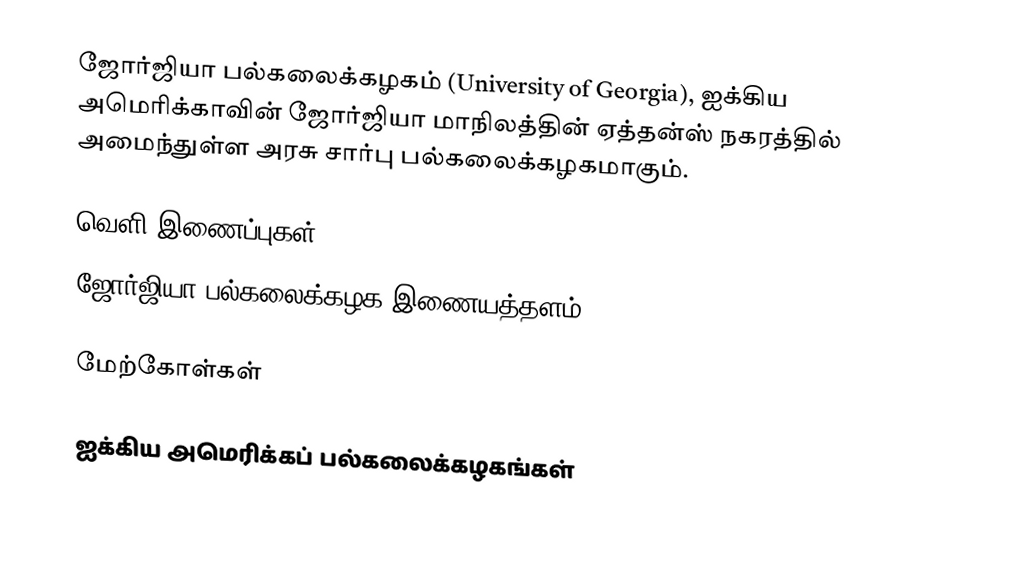
ஜோர்ஜியா பல்கலைக்கழகம் (University of Georgia), ஐக்கிய அமெரிக்காவின் ஜோர்ஜியா மாநிலத்தின் ஏத்தன்ஸ் நகரத்தில் அமைந்துள்ள அரசு சார்பு பல்கலைக்கழகமாகும்.

வெளி இணைப்புகள்
 ஜோர்ஜியா பல்கலைக்கழக இணையத்தளம்

மேற்கோள்கள்

ஐக்கிய அமெரிக்கப் பல்கலைக்கழகங்கள்